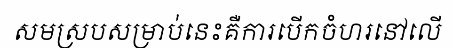
សមស្របសម្រាប់នេះគឺការបើកចំហរនៅលើ